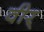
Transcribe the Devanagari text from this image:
वीर्